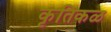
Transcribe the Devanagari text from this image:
कृतिकळ